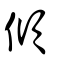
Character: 傾